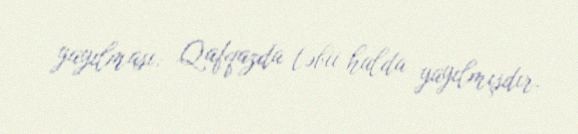
yayılması: Qafqazda təbii halda yayılmışdır.